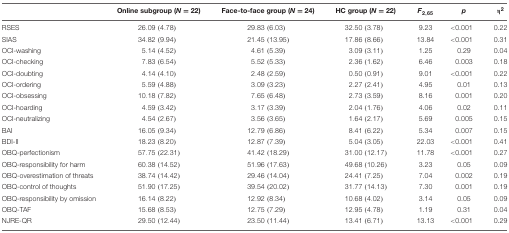
<table><thead><tr><td></td><td><b>Online subgroup (<i>N</i> = 22)</b></td><td><b>Face-to-face group (<i>N</i> = 24)</b></td><td><b>HC group (<i>N</i> = 22)</b></td><td><b><i>F</i><sub>2,65</sub></b></td><td><b><i>p</i></b></td><td><b>η<sup>2</sup></b></td></tr></thead><tbody><tr><td>RSES</td><td>26.09 (4.78)</td><td>29.83 (6.03)</td><td>32.50 (3.78)</td><td>9.23</td><td>&lt;0.001</td><td>0.22</td></tr><tr><td>SIAS</td><td>34.82 (9.94)</td><td>21.45 (13.95)</td><td>17.86 (8.66)</td><td>13.84</td><td>&lt;0.001</td><td>0.31</td></tr><tr><td>OCI-washing</td><td>5.14 (4.52)</td><td>4.61 (5.39)</td><td>3.09 (3.11)</td><td>1.25</td><td>0.29</td><td>0.04</td></tr><tr><td>OCI-checking</td><td>7.83 (6.54)</td><td>5.52 (5.33)</td><td>2.36 (1.62)</td><td>6.46</td><td>0.003</td><td>0.18</td></tr><tr><td>OCI-doubting</td><td>4.14 (4.10)</td><td>2.48 (2.59)</td><td>0.50 (0.91)</td><td>9.01</td><td>&lt;0.001</td><td>0.22</td></tr><tr><td>OCI-ordering</td><td>5.59 (4.88)</td><td>3.09 (3.23)</td><td>2.27 (2.41)</td><td>4.95</td><td>0.01</td><td>0.13</td></tr><tr><td>OCI-obsessing</td><td>10.18 (7.82)</td><td>7.65 (6.48)</td><td>2.73 (3.59)</td><td>8.16</td><td>0.001</td><td>0.20</td></tr><tr><td>OCI-hoarding</td><td>4.59 (3.42)</td><td>3.17 (3.39)</td><td>2.04 (1.76)</td><td>4.06</td><td>0.02</td><td>0.11</td></tr><tr><td>OCI-neutralizing</td><td>4.54 (2.67)</td><td>3.56 (3.65)</td><td>1.64 (2.17)</td><td>5.69</td><td>0.005</td><td>0.15</td></tr><tr><td>BAI</td><td>16.05 (9.34)</td><td>12.79 (6.86)</td><td>8.41 (6.22)</td><td>5.34</td><td>0.007</td><td>0.15</td></tr><tr><td>BDI-II</td><td>18.23 (8.20)</td><td>12.87 (7.39)</td><td>5.04 (3.05)</td><td>22.03</td><td>&lt;0.001</td><td>0.41</td></tr><tr><td>OBQ-perfectionism</td><td>57.75 (22.31)</td><td>41.42 (18.29)</td><td>31.00 (12.17)</td><td>11.78</td><td>&lt;0.001</td><td>0.27</td></tr><tr><td>OBQ-responsibility for harm</td><td>60.38 (14.52)</td><td>51.96 (17.63)</td><td>49.68 (10.26)</td><td>3.23</td><td>0.05</td><td>0.09</td></tr><tr><td>OBQ-overestimation of threats</td><td>38.74 (14.42)</td><td>29.46 (14.04)</td><td>24.41 (7.25)</td><td>7.04</td><td>0.002</td><td>0.19</td></tr><tr><td>OBQ-control of thoughts</td><td>51.90 (17.25)</td><td>39.54 (20.02)</td><td>31.77 (14.13)</td><td>7.30</td><td>0.001</td><td>0.19</td></tr><tr><td>OBQ-responsibility by omission</td><td>16.14 (8.22)</td><td>12.92 (8.34)</td><td>10.68 (4.02)</td><td>3.14</td><td>0.05</td><td>0.09</td></tr><tr><td>OBQ-TAF</td><td>15.68 (8.53)</td><td>12.75 (7.29)</td><td>12.95 (4.78)</td><td>1.19</td><td>0.31</td><td>0.04</td></tr><tr><td>NJRE-QR</td><td>29.50 (12.44)</td><td>23.50 (11.44)</td><td>13.41 (6.71)</td><td>13.13</td><td>&lt;0.001</td><td>0.29</td></tr></tbody></table>